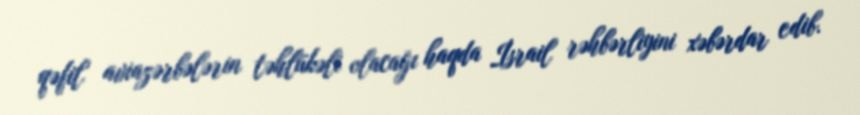
qəfil aviazərbələrin təhlükəli olacağı haqda İsrail rəhbərliyini xəbərdar edib.